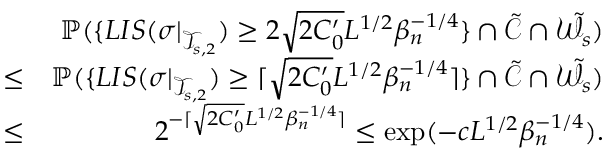
\begin{array} { r l r } & { } & { \mathbb { P } ( \{ L I S ( \sigma | _ { \mathcal { T } _ { s , 2 } } ) \geq 2 \sqrt { 2 C _ { 0 } ^ { \prime } } L ^ { 1 \slash 2 } \beta _ { n } ^ { - 1 \slash 4 } \} \cap \tilde { \mathcal { C } } \cap \tilde { \mathcal { W } } _ { s } ) } \\ & { \leq } & { \mathbb { P } ( \{ L I S ( \sigma | _ { \mathcal { T } _ { s , 2 } } ) \geq \lceil \sqrt { 2 C _ { 0 } ^ { \prime } } L ^ { 1 \slash 2 } \beta _ { n } ^ { - 1 \slash 4 } \rceil \} \cap \tilde { \mathcal { C } } \cap \tilde { \mathcal { W } } _ { s } ) } \\ & { \leq } & { 2 ^ { - \lceil \sqrt { 2 C _ { 0 } ^ { \prime } } L ^ { 1 \slash 2 } \beta _ { n } ^ { - 1 \slash 4 } \rceil } \leq \exp ( - c L ^ { 1 \slash 2 } \beta _ { n } ^ { - 1 \slash 4 } ) . } \end{array}